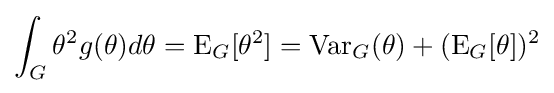
\int _{G}\theta ^{2}g(\theta )d\theta =\operatorname {E} _{G}[\theta ^{2}]=\operatorname {Var} _{G}(\theta )+(\operatorname {E} _{G}[\theta ])^{2}